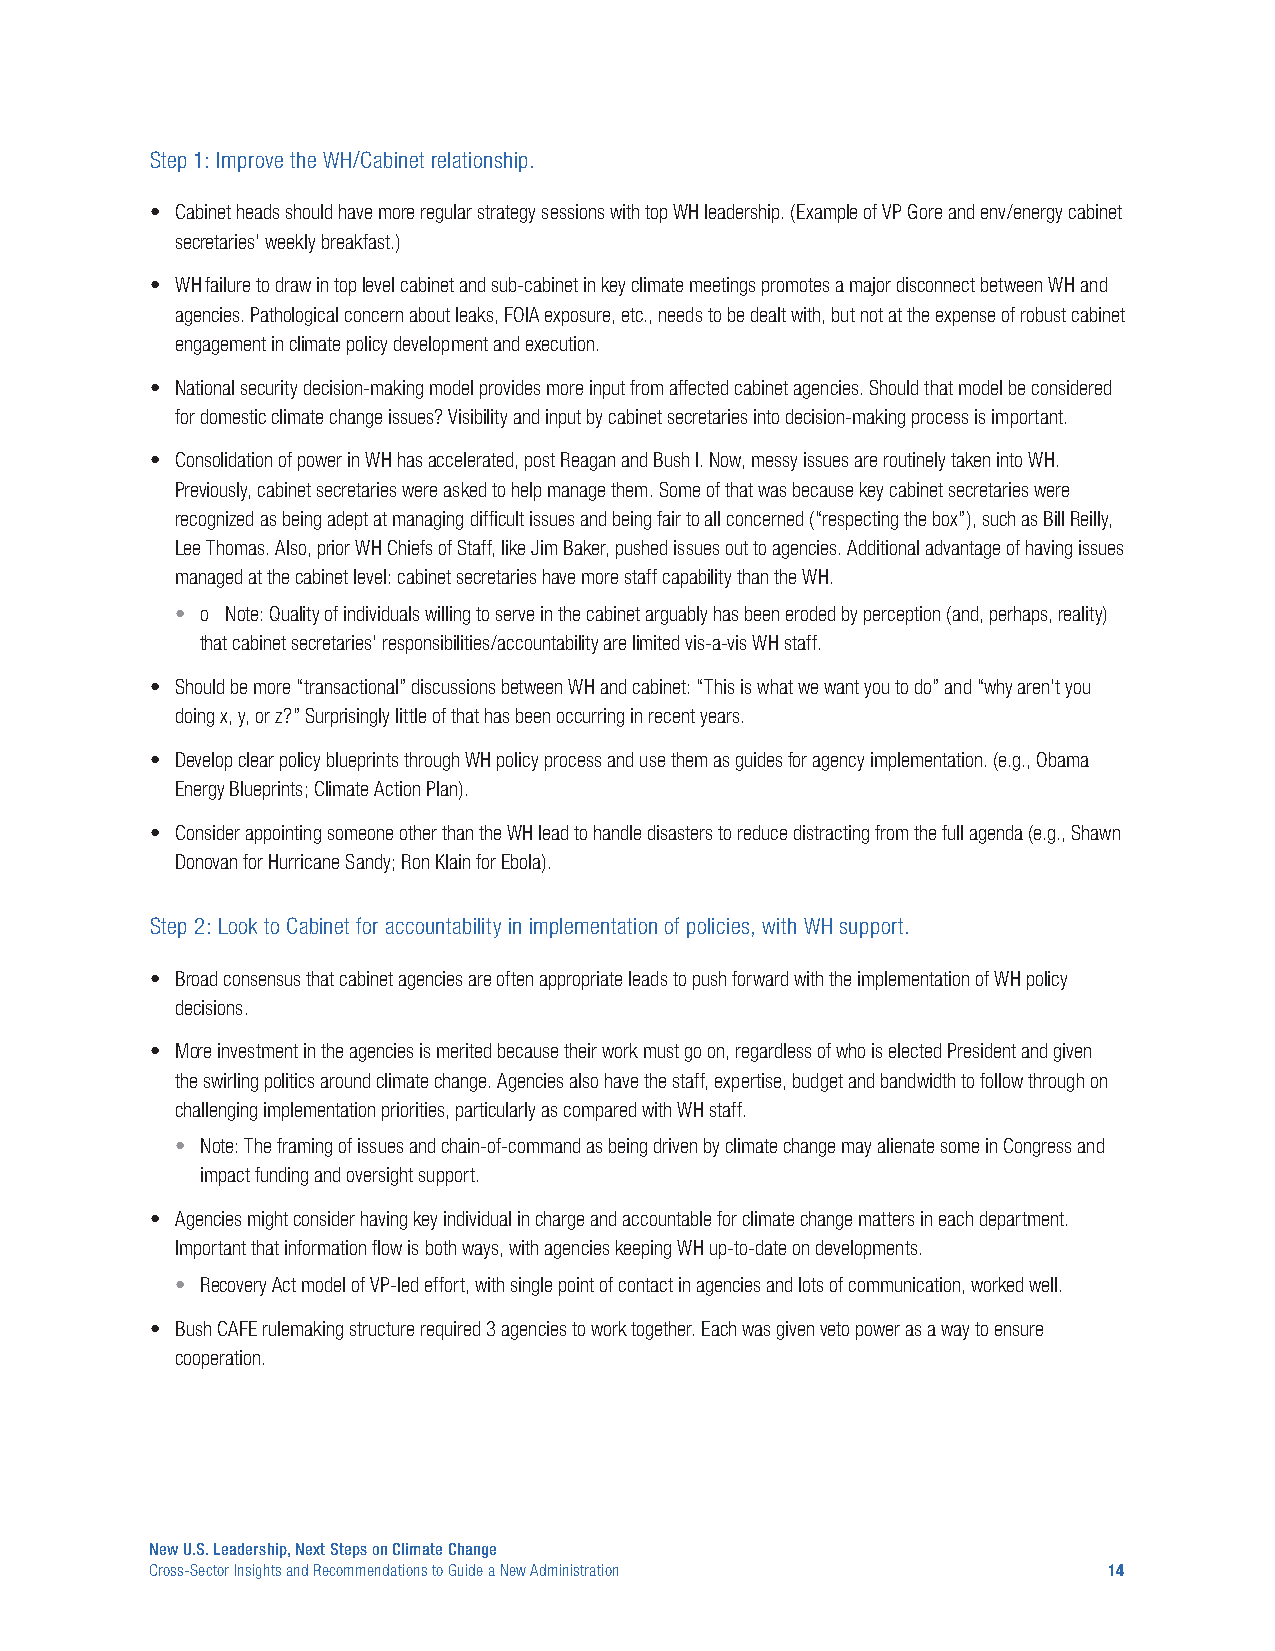
Step 1: Improve the WH/Cabinet relationship.
 • Cabinet heads should have more regular strategy sessions with top WH leadership. (Example of VP Gore and env/energy cabinet
 secretaries’ weekly breakfast.)
 • WH failure to draw in top level cabinet and sub-cabinet in key climate meetings promotes a major disconnect between WH and
 agencies. Pathological concern about leaks, FOIA exposure, etc., needs to be dealt with, but not at the expense of robust cabinet
 engagement in climate policy development and execution.
 • National security decision-making model provides more input from affected cabinet agencies. Should that model be considered
 for domestic climate change issues? Visibility and input by cabinet secretaries into decision-making process is important.
 • Consolidation of power in WH has accelerated, post Reagan and Bush I. Now, messy issues are routinely taken into WH.
 Previously, cabinet secretaries were asked to help manage them. Some of that was because key cabinet secretaries were
 recognized as being adept at managing difficult issues and being fair to all concerned (“respecting the box”), such as Bill Reilly,
 Lee Thomas. Also, prior WH Chiefs of Staff, like Jim Baker, pushed issues out to agencies. Additional advantage of having issues
 managed at the cabinet level: cabinet secretaries have more staff capability than the WH.
 • o Note: Quality of individuals willing to serve in the cabinet arguably has been eroded by perception (and, perhaps, reality)
 that cabinet secretaries’ responsibilities/accountability are limited vis-a-vis WH staff.
 • Should be more “transactional” discussions between WH and cabinet: “This is what we want you to do” and “why aren’t you
 doing x, y, or z?” Surprisingly little of that has been occurring in recent years.
 • Develop clear policy blueprints through WH policy process and use them as guides for agency implementation. (e.g., Obama
 Energy Blueprints; Climate Action Plan).
 • Consider appointing someone other than the WH lead to handle disasters to reduce distracting from the full agenda (e.g., Shawn
 Donovan for Hurricane Sandy; Ron Klain for Ebola).
 Step 2: Look to Cabinet for accountability in implementation of policies, with WH support.
 • Broad consensus that cabinet agencies are often appropriate leads to push forward with the implementation of WH policy
 decisions.
 • More investment in the agencies is merited because their work must go on, regardless of who is elected President and given
 the swirling politics around climate change. Agencies also have the staff, expertise, budget and bandwidth to follow through on
 challenging implementation priorities, particularly as compared with WH staff.
 • Note: The framing of issues and chain-of-command as being driven by climate change may alienate some in Congress and
 impact funding and oversight support.
 • Agencies might consider having key individual in charge and accountable for climate change matters in each department.
 Important that information flow is both ways, with agencies keeping WH up-to-date on developments.
 • Recovery Act model of VP-led effort, with single point of contact in agencies and lots of communication, worked well.
 • Bush CAFE rulemaking structure required 3 agencies to work together. Each was given veto power as a way to ensure
 cooperation.
 New U.S. Leadership, Next Steps on Climate Change
 Cross-Sector Insights and Recommendations to Guide a New Administration 14